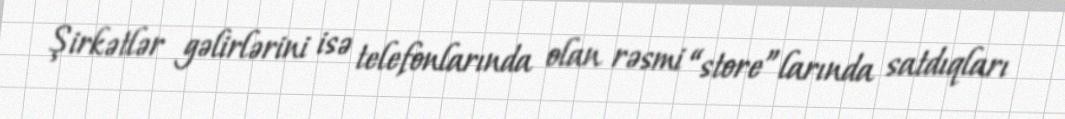
Şirkətlər gəlirlərini isə telefonlarında olan rəsmi “store”larında satdıqları